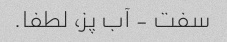
سفت - آب پز، لطفا.